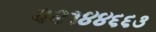
૨૨૧૪૪૬૬૩